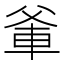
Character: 𭶼